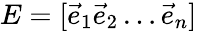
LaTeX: E=[{\vec{e}}_{1}{\vec{e}}_{2}\ldots{\vec{e}}_{n}]